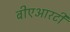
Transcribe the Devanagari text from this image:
बीएआरटी